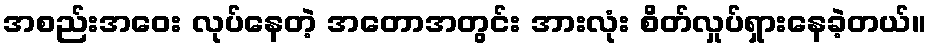
အစည်းအဝေး လုပ်နေတဲ့ အတောအတွင်း အားလုံး စိတ်လှုပ်ရှားနေခဲ့တယ်။